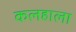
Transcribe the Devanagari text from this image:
कलहाला